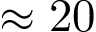
\approx 2 0